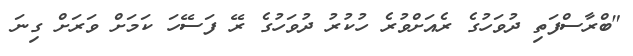
"ބްރާސްފަތި ދުވަހުގެ ރެއަށްވުރެ ހުކުރު ދުވަހުގެ ރޭ ފަސޭހަ ކަމަށް ވަރަށް ގިނަ